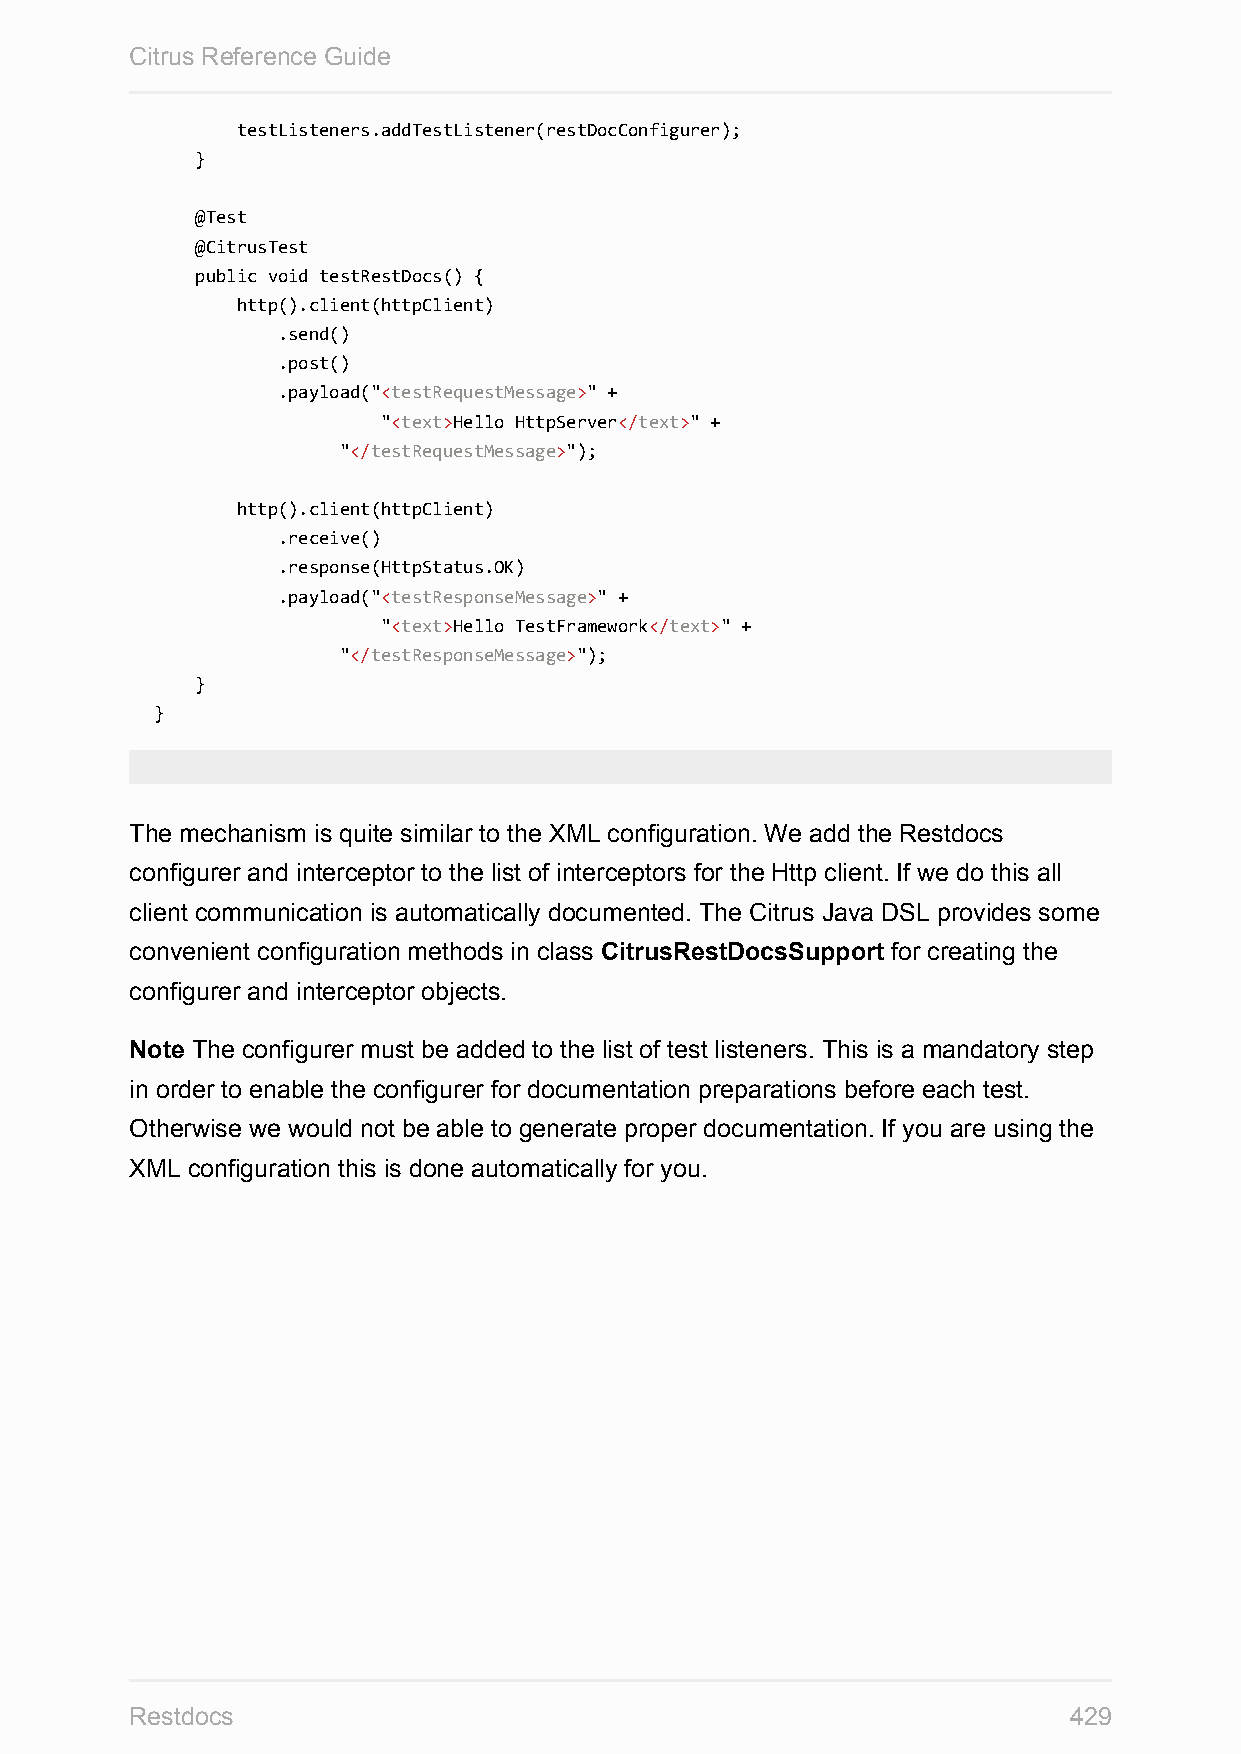
Citrus Reference Guide
 testListeners.addTestListener(restDocConfigurer);
 }
 @Test
 @CitrusTest
 public void testRestDocs() {
 http().client(httpClient)
 .send()
 .post()
 .payload("<testRequestMessage>" +
 "<text>Hello HttpServer</text>" +
 "</testRequestMessage>");
 http().client(httpClient)
 .receive()
 .response(HttpStatus.OK)
 .payload("<testResponseMessage>" +
 "<text>Hello TestFramework</text>" +
 "</testResponseMessage>");
 }
 }
 The mechanism is quite similar to the XML configuration. We add the Restdocs
 configurer and interceptor to the list of interceptors for the Http client. If we do this all
 client communication is automatically documented. The Citrus Java DSL provides some
 convenient configuration methods in class CitrusRestDocsSupport for creating the
 configurer and interceptor objects.
 Note The configurer must be added to the list of test listeners. This is a mandatory step
 in order to enable the configurer for documentation preparations before each test.
 Otherwise we would not be able to generate proper documentation. If you are using the
 XML configuration this is done automatically for you.
 Restdocs                                                      429